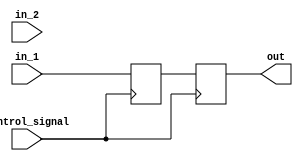
module Timing_Control_and_Synchronization (
    input wire in_1,
    input wire in_2,
    input wire control_signal,
    output reg out
);

reg synchronized_in_1, synchronized_in_2;
reg [7:0] delay = 8'd0;

always @(posedge control_signal) begin
    synchronized_in_1 <= in_1;
    synchronized_in_2 <= in_2;
end

always @(posedge control_signal) begin
    case (delay)
        8'd0: out <= synchronized_in_1;
        8'd1: out <= synchronized_in_2;
        // Add more cases for different delay values
        default: out <= synchronized_in_1; // Default case for no delay
    endcase
end

endmodule